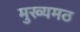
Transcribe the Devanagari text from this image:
मुख्यमठ